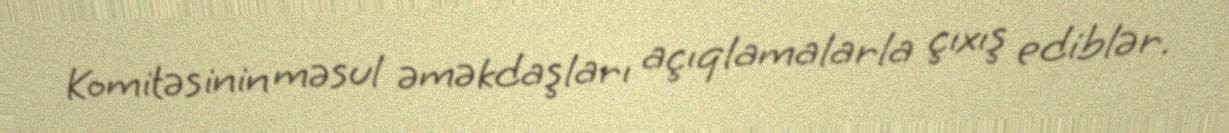
Komitəsinin məsul əməkdaşları açıqlamalarla çıxış ediblər.